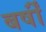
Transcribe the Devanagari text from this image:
बर्षोंं